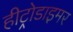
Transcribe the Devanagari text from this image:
हीट्रोडाइमर